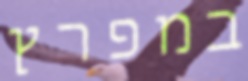
במפרץ